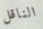
الناقل